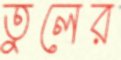
তুলের